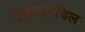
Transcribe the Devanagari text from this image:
टेकापरंविल